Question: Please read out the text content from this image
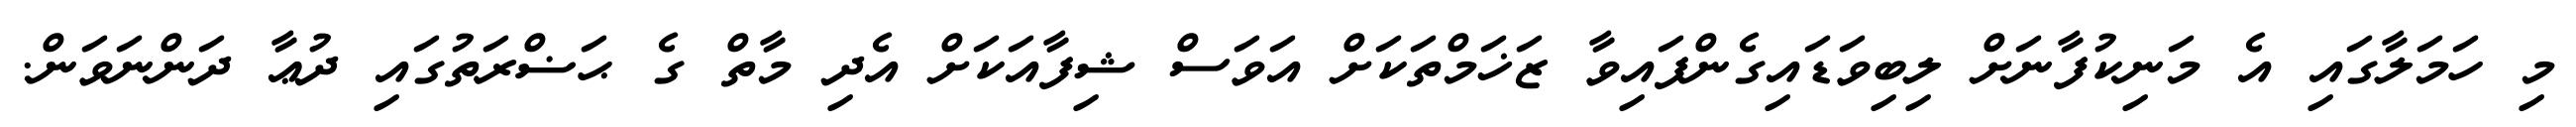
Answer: މި ހަމަލާގައި އެ މަނިކުފާނަށް ލިބިވަޑައިގެންފައިވާ ޒަޚަމްތަކަށް އަވަސް ޝިފާއަކަށް އެދި މާތް ގެ ޙަޟްރަތުގައި ދުޢާ ދަންނަވަން.